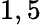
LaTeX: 1,5